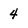
Character: 4